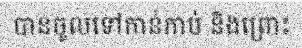
បានចូលទៅកាន់កាប់ និងព្រោះ